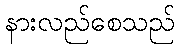
နားလည်စေသည်